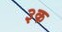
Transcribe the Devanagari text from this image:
३क